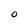
Character: 0